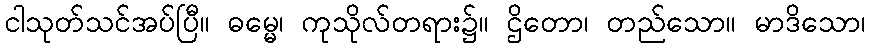
ငါသုတ်သင်အပ်ပြီ။ ဓမ္မေ၊ ကုသိုလ်တရား၌။ ဌိတော၊ တည်သော။ မာဒိသော၊